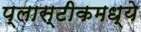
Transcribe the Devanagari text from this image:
प्लास्टीकमध्ये